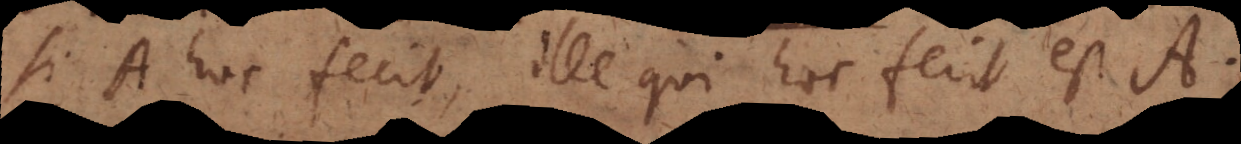
si A hoc fecit, ille qui hoc fecit est A